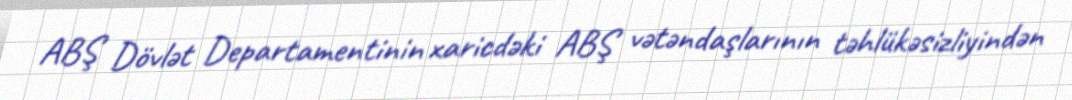
ABŞ Dövlət Departamentinin xaricdəki ABŞ vətəndaşlarının təhlükəsizliyindən